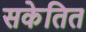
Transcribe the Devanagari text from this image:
सकेतित